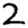
Digit: 2